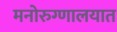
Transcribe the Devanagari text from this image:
मनोरुग्णालयात